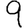
Digit: 9